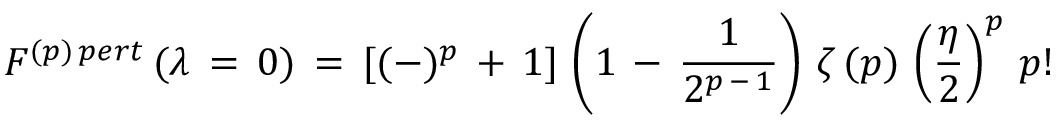
F ^ { ( p ) \, p e r t } \, ( \lambda \, = \, 0 ) \, = \, [ ( - ) ^ { p } \, + \, 1 ] \, \left( 1 \, - \, \frac { 1 } { 2 ^ { p \, - \, 1 } } \right) \, \zeta \, ( p ) \, \left( \frac { \eta } { 2 } \right) ^ { p } \, p !